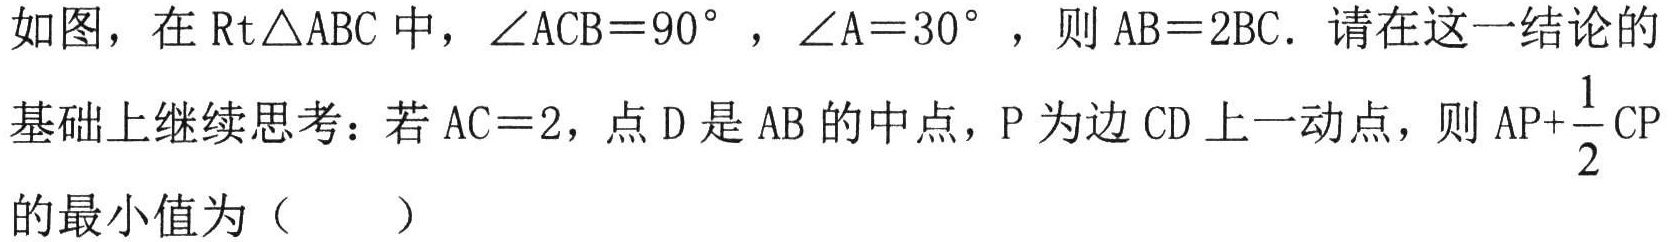
如图，在\(\text{Rt}\triangle ABC\)中，\(\angle ACB = 90^{\circ}\)，\(\angle A = 30^{\circ}\)，则 \(AB = 2BC\). 请在这一结论的
基础上继续思考：若 \(AC = 2\)，点 \(D\) 是 \(AB\) 的中点，\(P\) 为边 \(CD\) 上一动点，则 \(AP+\frac{1}{2}CP\)
的最小值为（  ）